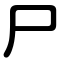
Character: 尸